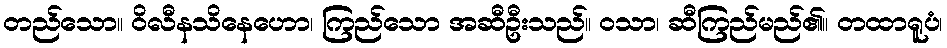
တည်သော။ ဝိလီနသိနေဟော၊ ကြည်သော အဆီဦးသည်။ ဝသာ၊ ဆီကြည်မည်၏။ တထာရူပံ၊